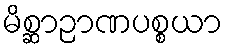
မိစ္ဆာဉာဏပစ္စယာ